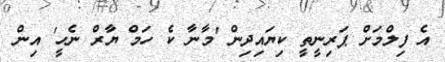
އެ ފިލްމަށް ޕަރިނީތީ ކިޔައިދިން 'މާނާ ކެ ހަމް ޔާރް ނެހީ' އިން